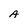
Character: A